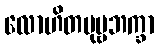
လောဟိတပုဗ္ဗဘက္ခာ